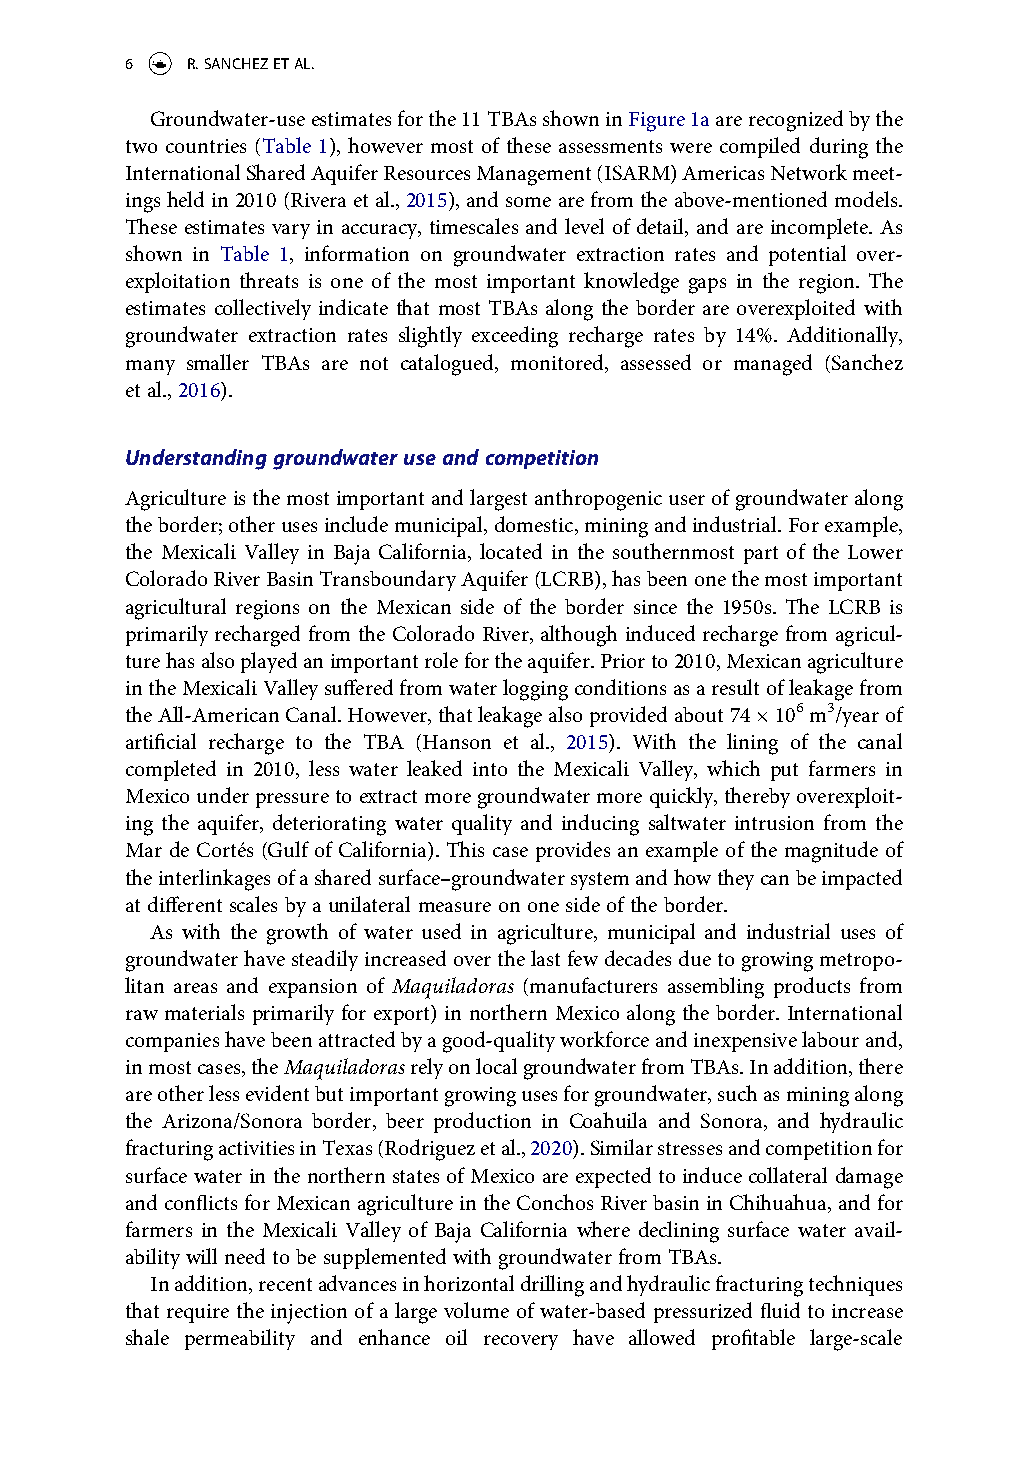
6   R. SANCHEZ ET AL.
 Groundwater-use estimates for the 11 TBAs shown in Figure 1a are recognized by the
 two countries (Table 1), however most of these assessments were compiled during the
 International Shared Aquifer Resources Management (ISARM) Americas Network meet-
 ings held in 2010 (Rivera et al., 2015), and some are from the above-mentioned models.
 These estimates vary in accuracy, timescales and level of detail, and are incomplete. As
 shown in Table 1, information on groundwater extraction rates and potential over-
 exploitation threats is one of the most important knowledge gaps in the region. The
 estimates collectively indicate that most TBAs along the border are overexploited with
 groundwater extraction rates slightly exceeding recharge rates by 14%. Additionally,
 many smaller TBAs are not catalogued, monitored, assessed or managed (Sanchez
 et al., 2016).
 Understanding groundwater use and competition
 Agriculture is the most important and largest anthropogenic user of groundwater along
 the border; other uses include municipal, domestic, mining and industrial. For example,
 the Mexicali Valley in Baja California, located in the southernmost part of the Lower
 Colorado River Basin Transboundary Aquifer (LCRB), has been one the most important
 agricultural regions on the Mexican side of the border since the 1950s. The LCRB is
 primarily recharged from the Colorado River, although induced recharge from agricul-
 ture has also played an important role for the aquifer. Prior to 2010, Mexican agriculture
 in the Mexicali Valley suffered from water logging conditions as a result of leakage from
 the All-American Canal. However, that leakage also provided about 74 × 106 m3/year of
 artificial recharge to the TBA (Hanson et al., 2015). With the lining of the canal
 completed in 2010, less water leaked into the Mexicali Valley, which put farmers in
 Mexico under pressure to extract more groundwater more quickly, thereby overexploit-
 ing the aquifer, deteriorating water quality and inducing saltwater intrusion from the
 Mar de Cortés (Gulf of California). This case provides an example of the magnitude of
 the interlinkages of a shared surface–groundwater system and how they can be impacted
 at different scales by a unilateral measure on one side of the border.
 As with the growth of water used in agriculture, municipal and industrial uses of
 groundwater have steadily increased over the last few decades due to growing metropo-
 litan areas and expansion of Maquiladoras (manufacturers assembling products from
 raw materials primarily for export) in northern Mexico along the border. International
 companies have been attracted by a good-quality workforce and inexpensive labour and,
 in most cases, the Maquiladoras rely on local groundwater from TBAs. In addition, there
 are other less evident but important growing uses for groundwater, such as mining along
 the Arizona/Sonora border, beer production in Coahuila and Sonora, and hydraulic
 fracturing activities in Texas (Rodriguez et al., 2020). Similar stresses and competition for
 surface water in the northern states of Mexico are expected to induce collateral damage
 and conflicts for Mexican agriculture in the Conchos River basin in Chihuahua, and for
 farmers in the Mexicali Valley of Baja California where declining surface water avail-
 ability will need to be supplemented with groundwater from TBAs.
 In addition, recent advances in horizontal drilling and hydraulic fracturing techniques
 that require the injection of a large volume of water-based pressurized fluid to increase
 shale permeability and enhance oil recovery have allowed profitable large-scale